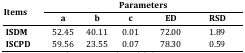
<table><thead><tr><td rowspan="2"><b>Items</b></td><td colspan="5"><b>Parameters</b></td></tr><tr><td><b>a</b></td><td><b>b</b></td><td><b>c</b></td><td><b>ED</b></td><td><b>RSD</b></td></tr></thead><tbody><tr><td><b> ISDM</b></td><td>52.45</td><td>40.11</td><td>0.01</td><td>72.00</td><td>1.89</td></tr><tr><td><b> ISCPD</b></td><td>59.56</td><td>23.55</td><td>0.07</td><td>78.30</td><td>0.59</td></tr></tbody></table>